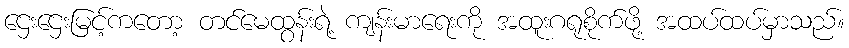
ဌေးဌေးမြင့်ကတော့ တင်မေထွန်းရဲ့ ကျန်းမာရေးကို အထူးဂရုစိုက်ဖို့ အထပ်ထပ်မှာသည်။